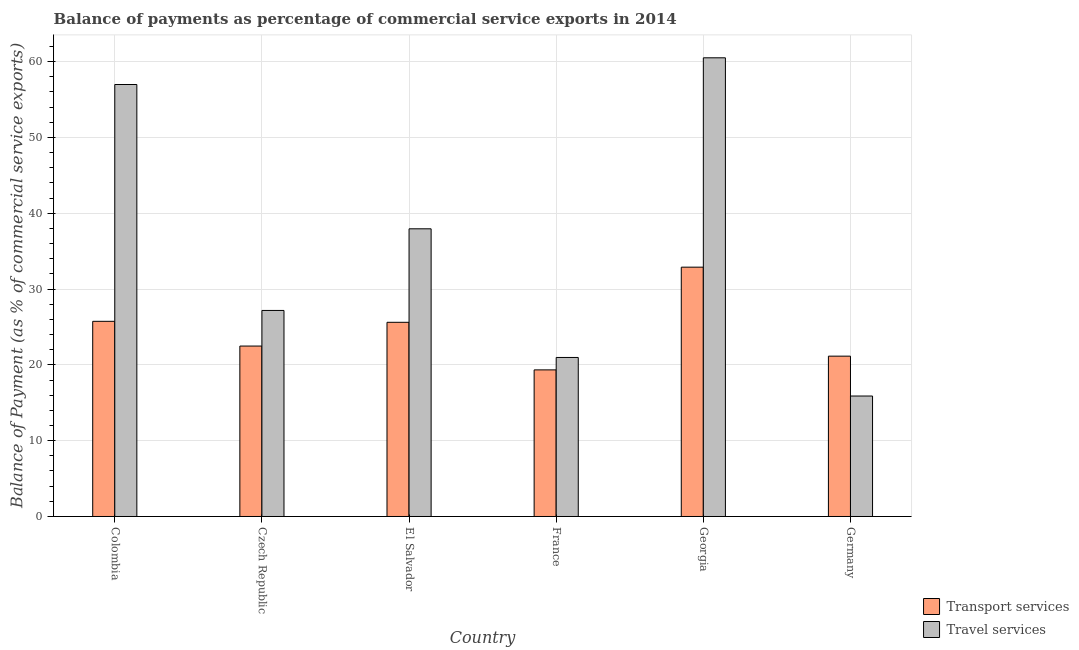
| Country | Transport services | Travel services |
 | --- | --- | --- |
 | Colombia | 25.7 | 57 |
 | Czech Republic | 22.5 | 27.2 |
 | El Salvador | 25.6 | 37.9 |
 | France | 19.3 | 21 |
 | Georgia | 32.9 | 60.5 |
 | Germany | 21.1 | 15.9 |